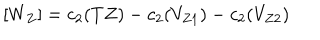
LaTeX: [ W _ { Z } ] = c _ { 2 } ( T Z ) - c _ { 2 } ( V _ { Z 1 } ) - c _ { 2 } ( V _ { Z 2 } )